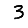
Digit: 3